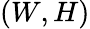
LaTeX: (W,H)